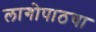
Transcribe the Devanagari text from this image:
लागोपाठचा